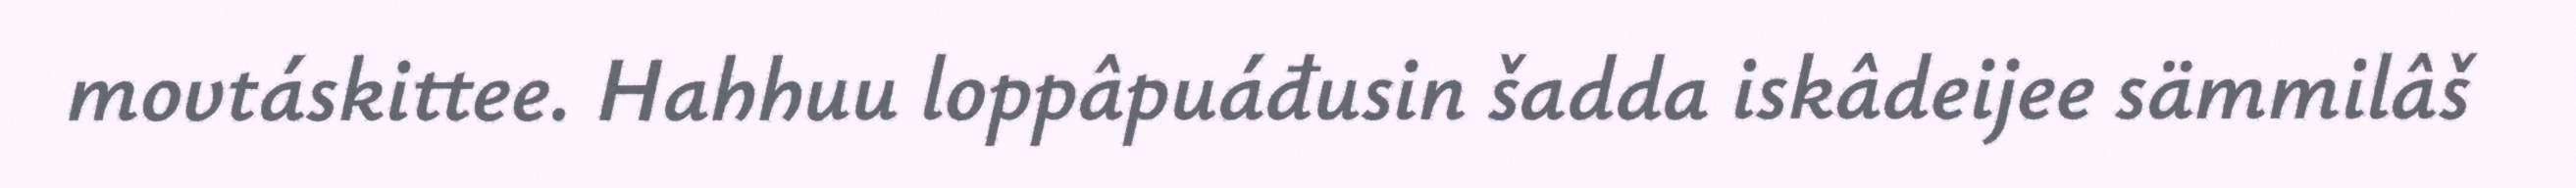
movtáskittee. Hahhuu loppâpuáđusin šadda iskâdeijee sämmilâš